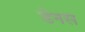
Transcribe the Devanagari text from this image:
डेनस